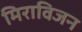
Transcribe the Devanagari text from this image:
मिराविजन